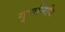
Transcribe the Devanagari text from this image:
गुणनिधि